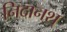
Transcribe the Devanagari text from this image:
निदानश्